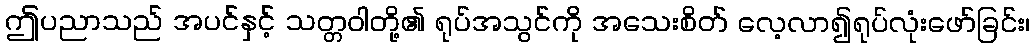
ဤပညာသည် အပင်နှင့် သတ္တဝါတို့၏ ရုပ်အသွင်ကို အသေးစိတ် လေ့လာ၍ရုပ်လုံးဖော်ခြင်း၊